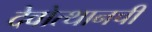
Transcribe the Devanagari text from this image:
देवोत्थानची